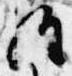
経